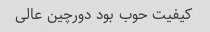
کیفیت حوب بود دورچین عالی